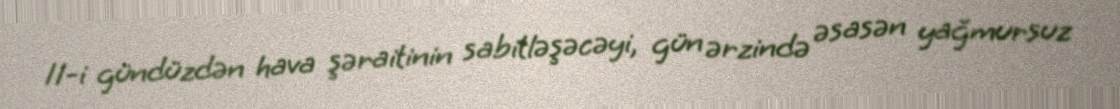
11-i gündüzdən hava şəraitinin sabitləşəcəyi, gün ərzində əsasən yağmursuz